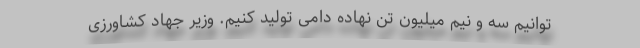
توانیم سه و نیم میلیون تن نهاده دامی تولید کنیم. وزیر جهاد کشاورزی